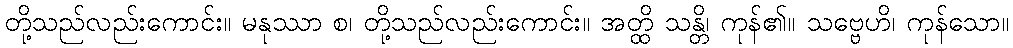
တို့သည်လည်းကောင်း။ မနုဿာ စ၊ တို့သည်လည်းကောင်း။ အတ္ထိ သန္တိ၊ ကုန်၏။ သဗ္ဗေဟိ၊ ကုန်သော။